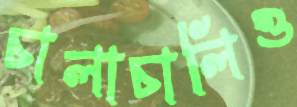
চালাচালিও